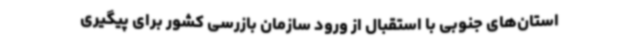
استان‌های جنوبی با استقبال از ورود سازمان بازرسی کشور برای پیگیری